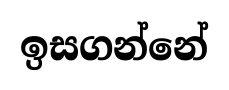
ඉසගන්නේ